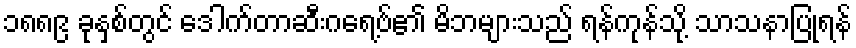
၁၈၈၉ ခုနှစ်တွင် ဒေါက်တာဆီးဂရေ့ဗ်၏ မိဘများသည် ရန်ကုန်သို့ သာသနာပြုရန်